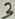
Text: 3